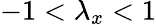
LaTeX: -1<\lambda_{x}<1